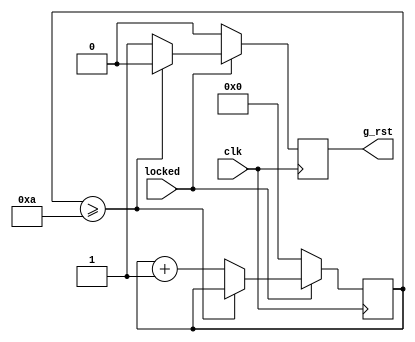
`timescale 1ns / 1ps
//////////////////////////////////////////////////////////////////////////////////
// Company: 
// Engineer: 
// 
// Design Name: 
// Module Name: global_reset
// Project Name: 
// Target Devices: 
// Tool Versions: 
// Description: 
// 
// Dependencies: 
// 
// Revision:
// Revision 0.01 - File Created
// Additional Comments:
// 
//////////////////////////////////////////////////////////////////////////////////


module global_reset#(
    parameter   rst_num     = 8'd10,
    parameter   rst_type    = 1'd1                  // 0  1
)
(
	input	clk,
	input	locked,
	
	output	reg	g_rst
);
	
	reg	[7:0]	rst_cnt;
	
	always@(posedge clk)	begin
		if(locked)	begin
			if(rst_cnt>=rst_num)	begin				//rst			
				g_rst	<= !rst_type;
			end
			else	begin
				g_rst	<= rst_type;
				rst_cnt	<= rst_cnt + 1;
			end
		end
		else	begin
			rst_cnt	<= 0;
			g_rst	<= !rst_type;
		end
	end
	
endmodule